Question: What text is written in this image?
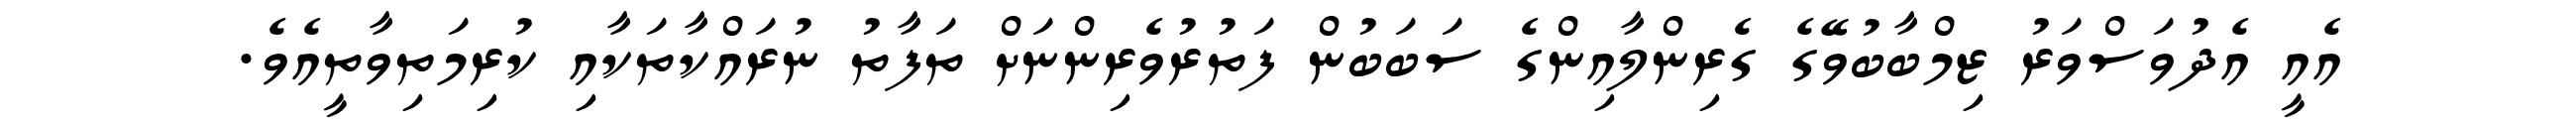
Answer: އެއީ އެދުވަސްވަރު ޒިމްބާބުވޭގެ ގެރިންލާއިންގެ ސަބަބުން ފަތުރުވެރިންނަށް ތަފާތު ނުރައްކާތަކާއި ކުރިމަތިވާތީއެވެ.